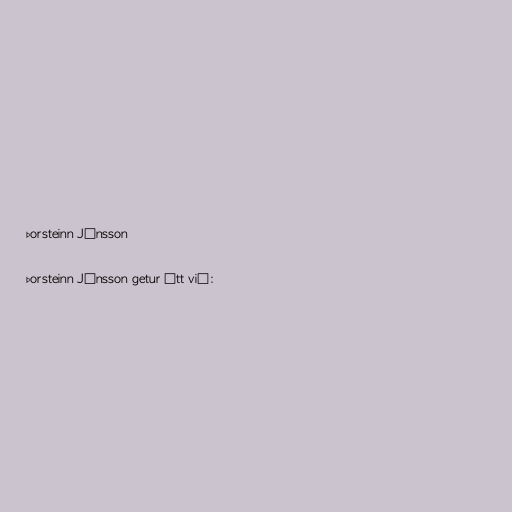
Þorsteinn Jónsson

Þorsteinn Jónsson getur átt við: